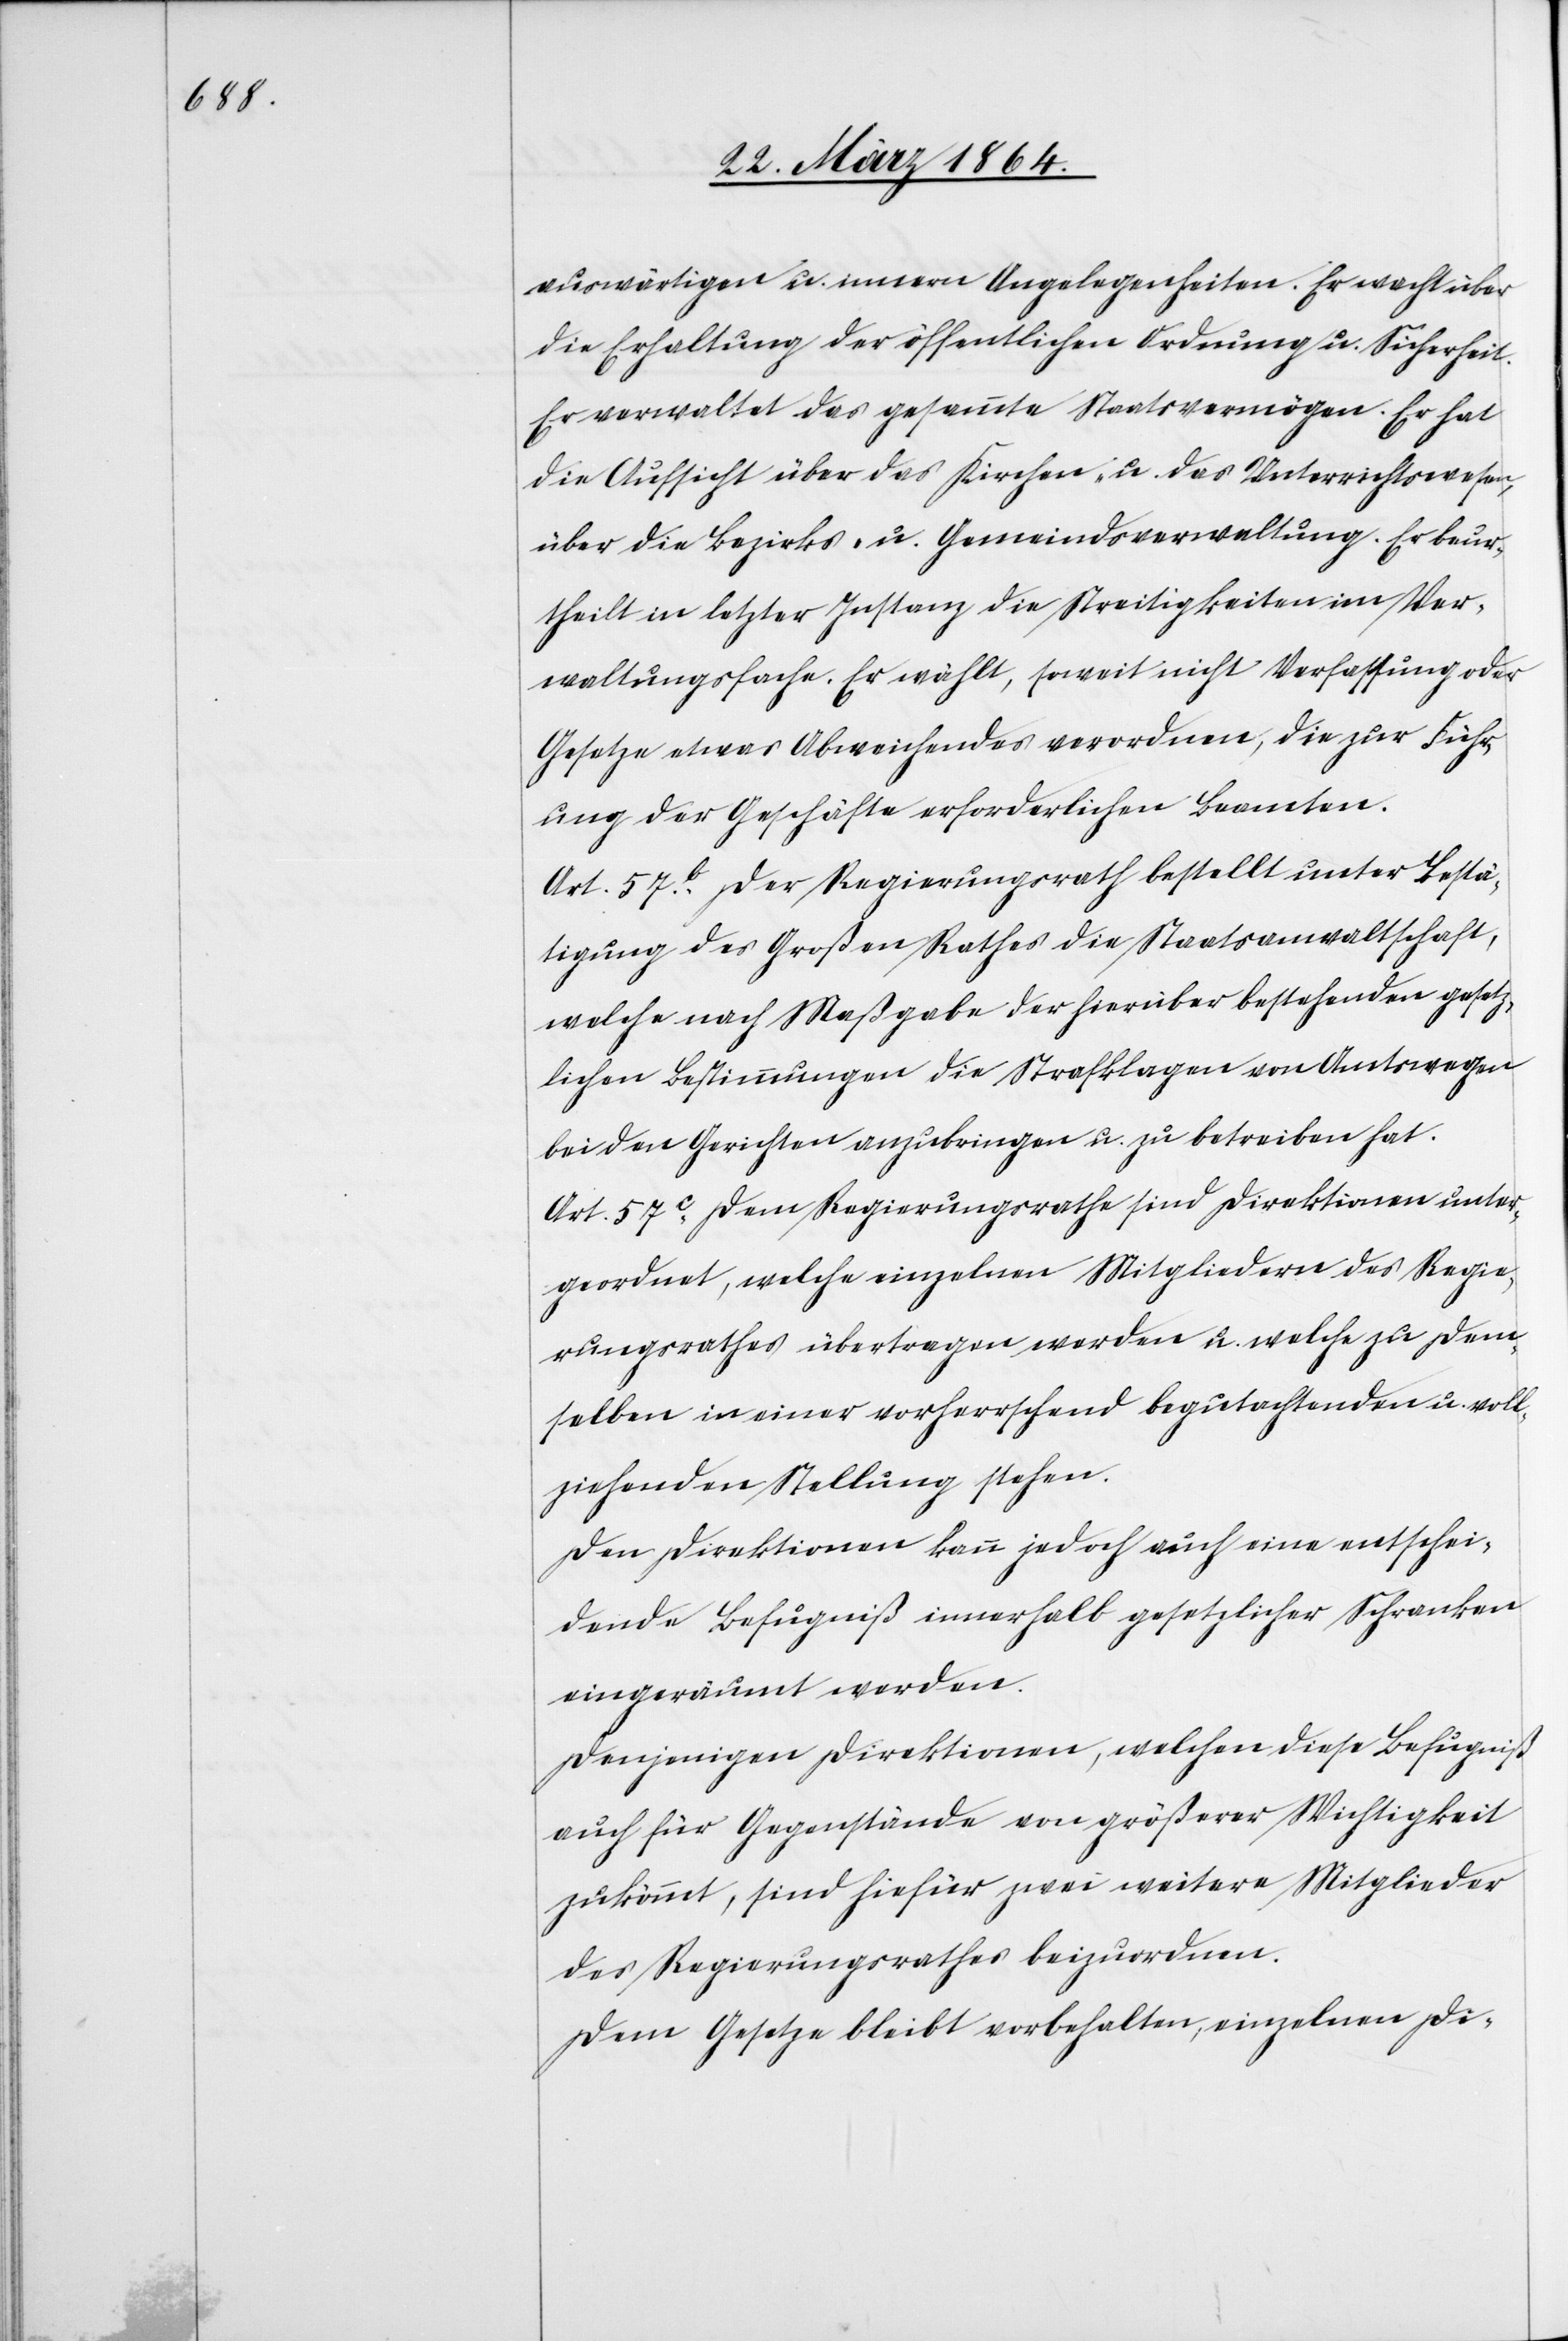
auswärtigen u. innern Angelegenheiten. Er wacht über
die Erhaltung der öffentlichen Ordnung u. Sicherheit.
Er verwaltet das gesammte Staatsvermögen. Er hat
die Aufsicht über das Kirchen- u. das Unterrichtswesen,
über die Bezirks- u. Gemeindsverwaltung. Er beur¬
theilt in letzter Instanz die Streitigkeiten im Ver¬
waltungsfache. Er wählt, soweit nicht Verfassung oder
Gesetze etwas Abweichendes verordnen, die zur Führ¬
ung der Geschäfte erforderlichen Beamten.
Art. 57b Der Regierungsrath bestellt unter Bestä¬
tigung des Großen Rathes die Staatsanwaltschaft,
welche nach Maßgabe der hierüber bestehenden gesetz¬
lichen Bestimmungen die Strafklagen von Amtswegen
bei den Gerichten anzubringen u. zu betreiben hat.
Art. 57c Dem Regierungsrathe sind Direktionen unter¬
geordnet, welche einzelnen Mitgliedern des Regie¬
rungsrathes übertragen werden u. welche zu dem¬
selben in einer vorherrschend begutachtenden u. voll¬
ziehenden Stellung stehen.
Den Direktionen kann jedoch auch eine entschei¬
dende Befugniß innerhalb gesetzlicher Schranken
eingeräumt werden.
Denjenigen Direktionen, welchen diese Befugniß
auch für Gegenstände von größerer Wichtigkeit
zukommt, sind hiefür zwei weitere Mitglieder
des Regierungsrathes beizuordnen.
Dem Gesetze bleibt vorbehalten, einzelnen Di-